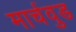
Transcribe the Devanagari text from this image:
मार्चवुड